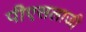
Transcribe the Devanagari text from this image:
पीएसलाजी